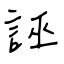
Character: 誣